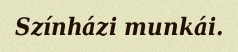
Színházi munkái.